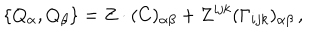
\{ Q _ { \alpha } , Q _ { \beta } \} = Z \cdot ( C ) _ { \alpha \beta } + Z ^ { i j k } ( \Gamma _ { i j k } ) _ { \alpha \beta } \, ,